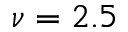
\nu = 2 . 5